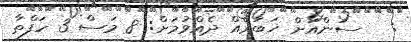
:   ސަންއަށް ޚަބަރެއް ދެއްވުމަށް: 8 މަސް 3 ހަފްތާ